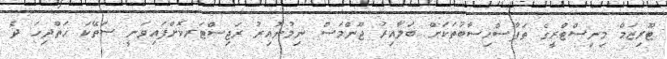
ޓޫރިޒަމް މިނިސްޓްރީގެ ތަފާސްހިސާބުތަކަށް ބަލާއިރު ޖޫންމަސް ނިމުނުއިރު ރަޖިސްޓަރކޮށްފައިވަނީ ސަތޭކަ ހަތްދިހަ ދެ